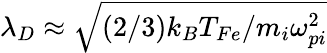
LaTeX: \lambda_{D}\approx\sqrt{\left(2/3\right)k_{B}T_{Fe}/{m_{i}\omega_{pi}^{2}}}